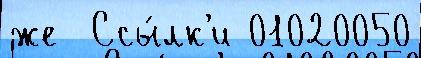
же  Ссы́лк'и 01020050